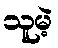
သူမဲ့